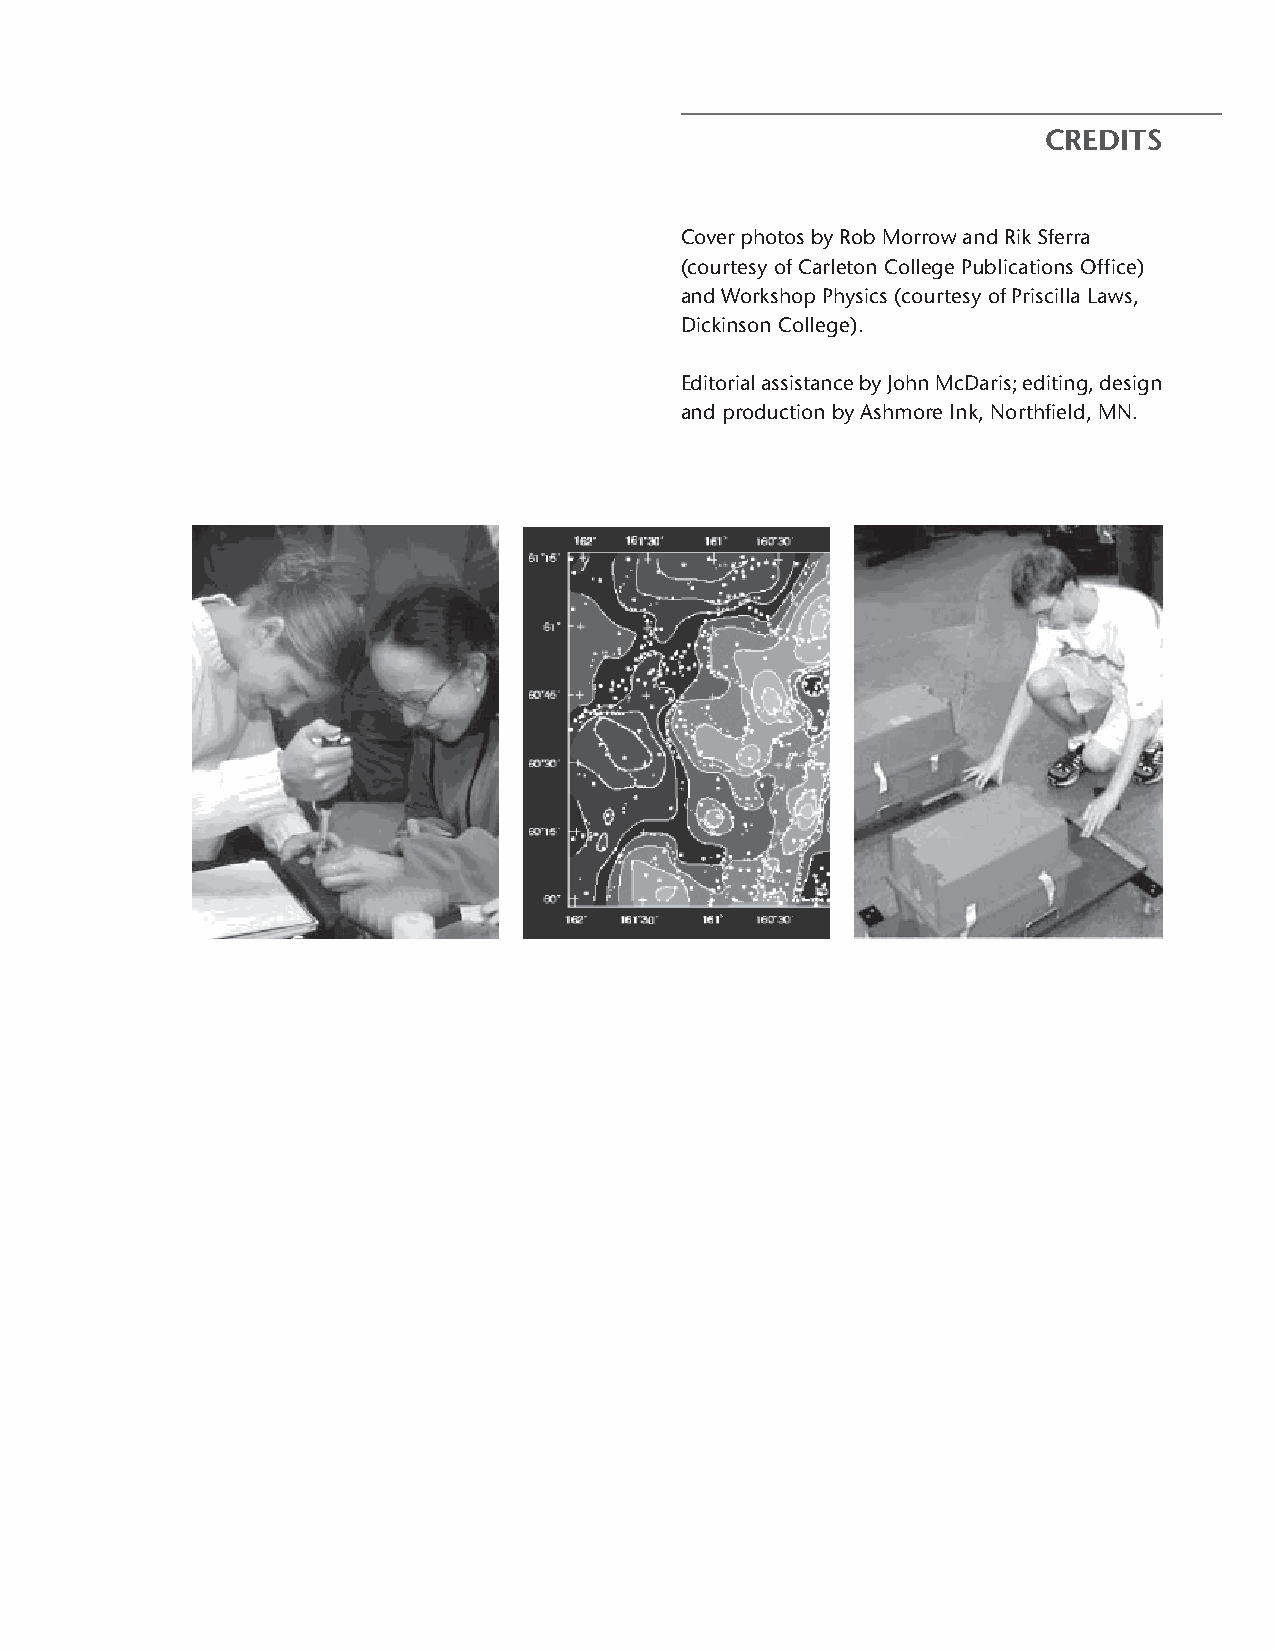
CREDITS
 Cover photos by Rob Morrow and Rik Sferra
 (courtesy of Carleton College Publications Office)
 and Workshop Physics (courtesy of Priscilla Laws,
 Dickinson College).
 Editorial assistance by John McDaris; editing, design
 and production by Ashmore Ink, Northfield, MN.